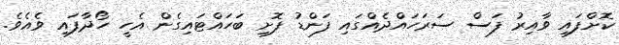
ކޮށްފައި ވާއިރު ފަސް ސަރަހައްދެއްގައި ފަންޑު ފޮށި ބަހައްޓައިގެން އެހީ ހޯދާފައި ވެއެވެ.